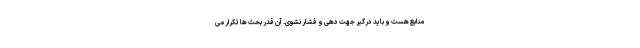
منابع هست و باید درگیر جهت دهی و فشار نشوی. آن قدر بحث ها تکرار می